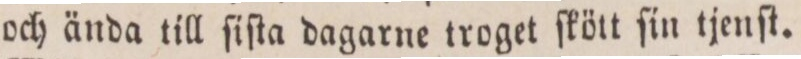
och ända till ſiſta dagarne troget ſkött ſin tjenſt.